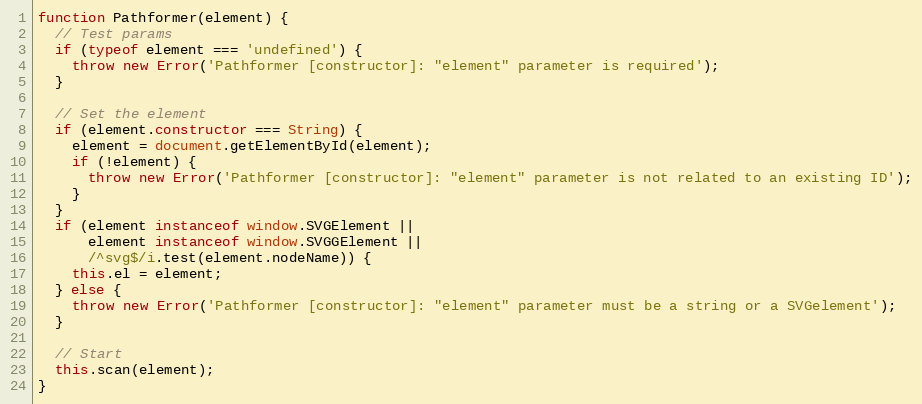
Language: JavaScript
function Pathformer(element) {
  // Test params
  if (typeof element === 'undefined') {
    throw new Error('Pathformer [constructor]: "element" parameter is required');
  }

  // Set the element
  if (element.constructor === String) {
    element = document.getElementById(element);
    if (!element) {
      throw new Error('Pathformer [constructor]: "element" parameter is not related to an existing ID');
    }
  }
  if (element instanceof window.SVGElement ||
      element instanceof window.SVGGElement ||
      /^svg$/i.test(element.nodeName)) {
    this.el = element;
  } else {
    throw new Error('Pathformer [constructor]: "element" parameter must be a string or a SVGelement');
  }

  // Start
  this.scan(element);
}